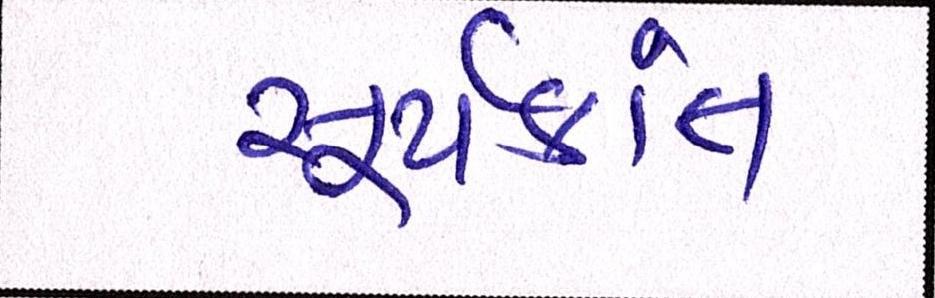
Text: સૂર્યકાંત